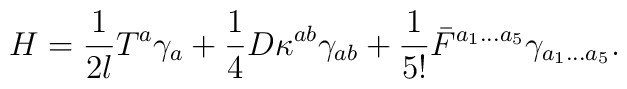
H = {1 \over 2l} T^a \gamma_a+{1 \over  4} D \kappa^{ab} \gamma_{ab} + {1 \over 5!}  \bar F^{a_1...a_5} \gamma_{a_1...a_5}.